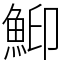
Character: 鮣